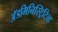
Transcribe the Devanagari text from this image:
अॅडमिनिस्ट्रिटिव्ह